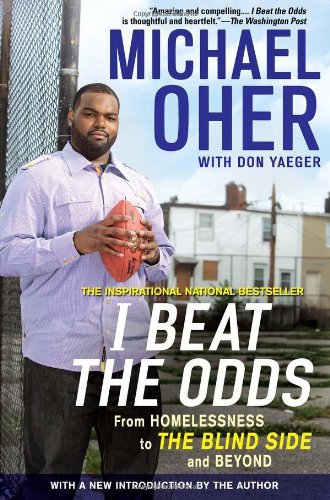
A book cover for I Beat the Odds: From Homelessness, to The Blind Side, and Beyond; Michael Oher; Biographies & Memoirs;